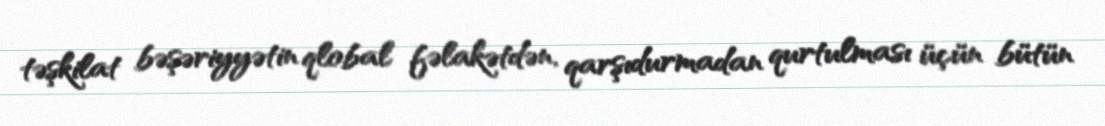
təşkilat bəşəriyyətin qlobal fəlakətdən, qarşıdurmadan qurtulması üçün bütün